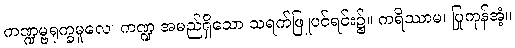
ကဏ္ဍမ္ဗရုက္ခမူလေ၊ ကဏ္ဍ အမည်ရှိသော သရက်ဖြူပင်ရင်း၌။ ကရိဿာမ၊ ပြုကုန်အံ့။